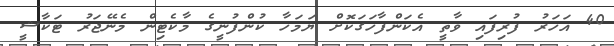
40 އަހަރު ފުރިފައި ވާތީ އެކަންފާހަގަކޮށް ޔަމަހާ ކުންފުނީގެ މާކެޓިން މެނޭޖަރު ޓަކާޝީ